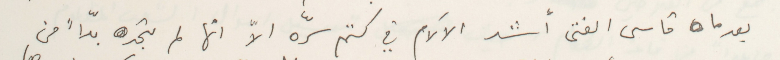
بعدما قاسى الفتى أشد الآلام في كتم سرّه الاّ انها لم تجد بدّاً من